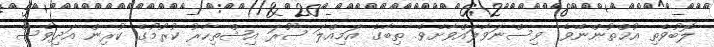
ލޮބުވެތި އުޚްތުންނޭވެ! ވިސްނަވާލައްވާށެވެ. ތިބާގެ އަމިއްލަ ޞޫރަ އިޝްތިހާރު ކުރުމުގެ ކުރިން އަދިވެސް